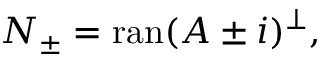
N _ { \pm } = \operatorname { r a n } ( A \pm i ) ^ { \perp } ,